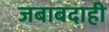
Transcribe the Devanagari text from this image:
जबाबदाही